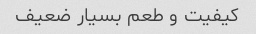
کیفیت و طعم بسیار ضعیف